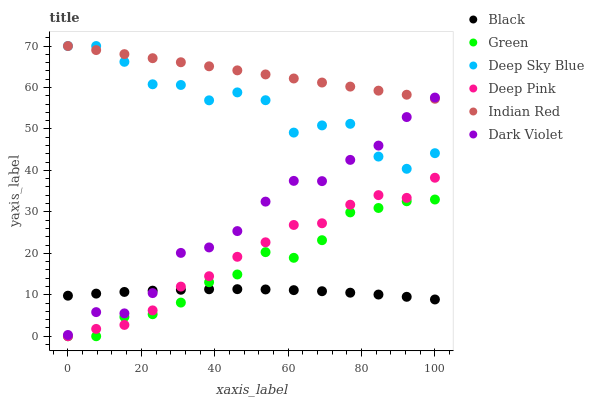
| xaxis_label | Black | Green | Deep Sky Blue | Deep Pink | Indian Red | Dark Violet |
 | --- | --- | --- | --- | --- | --- | --- |
 | 0 | 9.78 | 0 | 70 | 0 | 70 | 0.306 |
 | 7.69 | 10.3 | 0 | 70 | 1.77 | 69 | 5.82 |
 | 15.4 | 10.7 | 4.65 | 66.2 | 2.73 | 68 | 5.52 |
 | 23.1 | 11 | 5.31 | 60.8 | 6.24 | 67.1 | 10.4 |
 | 30.8 | 11.2 | 8.12 | 60.6 | 12 | 66.1 | 20.1 |
 | 38.5 | 11.3 | 13 | 56.9 | 14.5 | 65.1 | 21.4 |
 | 46.2 | 11.4 | 14.9 | 58.8 | 19.2 | 64.1 | 25.4 |
 | 53.8 | 11.3 | 20.3 | 56.9 | 22.7 | 63.1 | 32.5 |
 | 61.5 | 11.1 | 18.9 | 49.1 | 26.8 | 62.2 | 37.5 |
 | 69.2 | 10.9 | 23.2 | 50.8 | 27.3 | 61.2 | 37.4 |
 | 76.9 | 10.5 | 29.9 | 51.2 | 31.7 | 60.2 | 42.5 |
 | 84.6 | 10.1 | 30.9 | 43.3 | 34 | 59.2 | 46 |
 | 92.3 | 9.51 | 32.6 | 40.4 | 33.4 | 58.3 | 52.9 |
 | 100 | 8.87 | 33 | 44.2 | 38.2 | 57.3 | 57.6 |